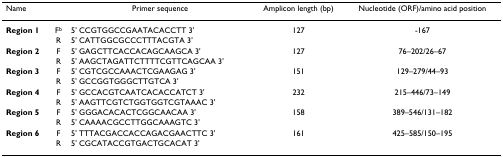
<table><thead><tr><td><b>Name</b></td><td></td><td><b>Primer sequence</b></td><td><b>Amplicon length (bp)</b></td><td><b>Nucleotide (ORF)/amino acid position</b></td></tr></thead><tbody><tr><td><b>Region 1</b></td><td>F<sup>b</sup></td><td>5&#x27; CCGTGGCCGAATACACCTT 3&#x27;</td><td>127</td><td>-167</td></tr><tr><td></td><td>R</td><td>5&#x27; CATTGGCGCCCTTTACGTA 3&#x27;</td><td></td><td></td></tr><tr><td><b>Region 2</b></td><td>F</td><td>5&#x27; GAGCTTCACCACAGCAAGCA 3&#x27;</td><td>127</td><td>76–202/26–67</td></tr><tr><td></td><td>R</td><td>5&#x27; AAGCTAGATTCTTTTCGTTCAGCAA 3&#x27;</td><td></td><td></td></tr><tr><td><b>Region 3</b></td><td>F</td><td>5&#x27; CGTCGCCAAACTCGAAGAG 3&#x27;</td><td>151</td><td>129–279/44–93</td></tr><tr><td></td><td>R</td><td>5&#x27; GCCGGTGGGCTTGTCA 3&#x27;</td><td></td><td></td></tr><tr><td><b>Region 4</b></td><td>F</td><td>5&#x27; GCCACGTCAATCACACCATCT 3&#x27;</td><td>232</td><td>215–446/73–149</td></tr><tr><td></td><td>R</td><td>5&#x27; AAGTTCGTCTGGTGGTCGTAAAC 3&#x27;</td><td></td><td></td></tr><tr><td><b>Region 5</b></td><td>F</td><td>5&#x27; GGGACACACTCGGCAACAA 3&#x27;</td><td>158</td><td>389–546/131–182</td></tr><tr><td></td><td>R</td><td>5&#x27; CAAAACGCCTTGGCAAAGTC 3&#x27;</td><td></td><td></td></tr><tr><td><b>Region 6</b></td><td>F</td><td>5&#x27; TTTACGACCACCAGACGAACTTC 3&#x27;</td><td>161</td><td>425–585/150–195</td></tr><tr><td></td><td>R</td><td>5&#x27; CGCATACCGTGACTGCACAT 3&#x27;</td><td></td><td></td></tr></tbody></table>